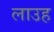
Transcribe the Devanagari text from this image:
लाउह